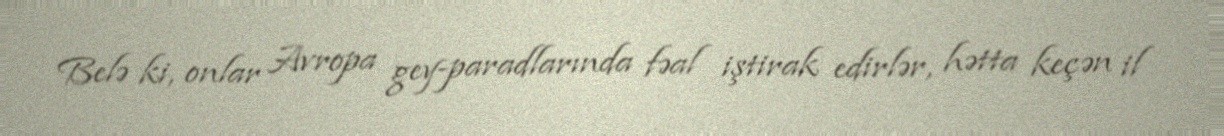
Belə ki, onlar Avropa gey-paradlarında fəal iştirak edirlər, hətta keçən il